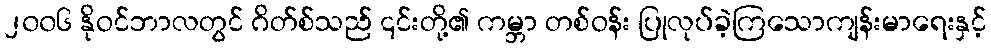
၂၀၀၆ နိုဝင်ဘာလတွင် ဂိတ်စ်သည် ၎င်းတို့၏ ကမ္ဘာ တစ်ဝန်း ပြုလုပ်ခဲ့ကြသောကျန်းမာရေးနှင့်